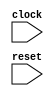
module IntervalChainedAddTester(
    input clock,
    input reset
);
    wire [4:0] intervalResult;
    wire [6:0] uintResult;
    wire [1:0] _node_0;
    ASSINT #(.width(2)) assint_1 (
        .y(_node_0),
        .in(2'h1)
    );
    wire [1:0] _node_1;
    ASSINT #(.width(2)) assint_2 (
        .y(_node_1),
        .in(2'h1)
    );
    wire [2:0] _intervalResult_T;
    ADD_SIGNED #(.width(2)) s_add_3 (
        .y(_intervalResult_T),
        .a(_node_0),
        .b(_node_1)
    );
    wire [1:0] _node_2;
    ASSINT #(.width(2)) assint_4 (
        .y(_node_2),
        .in(2'h1)
    );
    wire [3:0] _intervalResult_T_1;
    wire [2:0] _WTEMP_0;
    PAD_SIGNED #(.width(2), .n(3)) s_pad_5 (
        .y(_WTEMP_0),
        .in(_node_2)
    );
    ADD_SIGNED #(.width(3)) s_add_6 (
        .y(_intervalResult_T_1),
        .a(_intervalResult_T),
        .b(_WTEMP_0)
    );
    wire [1:0] _node_3;
    ASSINT #(.width(2)) assint_7 (
        .y(_node_3),
        .in(2'h1)
    );
    wire [4:0] _intervalResult_T_2;
    wire [3:0] _WTEMP_1;
    PAD_SIGNED #(.width(2), .n(4)) s_pad_8 (
        .y(_WTEMP_1),
        .in(_node_3)
    );
    ADD_SIGNED #(.width(4)) s_add_9 (
        .y(_intervalResult_T_2),
        .a(_intervalResult_T_1),
        .b(_WTEMP_1)
    );
    wire [1:0] _node_4;
    ASSINT #(.width(2)) assint_10 (
        .y(_node_4),
        .in(2'h1)
    );
    wire [5:0] _intervalResult_T_3;
    wire [4:0] _WTEMP_2;
    PAD_SIGNED #(.width(2), .n(5)) s_pad_11 (
        .y(_WTEMP_2),
        .in(_node_4)
    );
    ADD_SIGNED #(.width(5)) s_add_12 (
        .y(_intervalResult_T_3),
        .a(_intervalResult_T_2),
        .b(_WTEMP_2)
    );
    wire [1:0] _node_5;
    ASSINT #(.width(2)) assint_13 (
        .y(_node_5),
        .in(2'h1)
    );
    wire [6:0] _intervalResult_T_4;
    wire [5:0] _WTEMP_3;
    PAD_SIGNED #(.width(2), .n(6)) s_pad_14 (
        .y(_WTEMP_3),
        .in(_node_5)
    );
    ADD_SIGNED #(.width(6)) s_add_15 (
        .y(_intervalResult_T_4),
        .a(_intervalResult_T_3),
        .b(_WTEMP_3)
    );
    wire [1:0] _node_6;
    ASSINT #(.width(2)) assint_16 (
        .y(_node_6),
        .in(2'h1)
    );
    wire [7:0] _intervalResult_T_5;
    wire [6:0] _WTEMP_4;
    PAD_SIGNED #(.width(2), .n(7)) s_pad_17 (
        .y(_WTEMP_4),
        .in(_node_6)
    );
    ADD_SIGNED #(.width(7)) s_add_18 (
        .y(_intervalResult_T_5),
        .a(_intervalResult_T_4),
        .b(_WTEMP_4)
    );
    wire [1:0] _uintResult_T;
    assign _uintResult_T = 2'h2;
    wire [2:0] _uintResult_T_1;
    assign _uintResult_T_1 = 3'h3;
    wire [3:0] _uintResult_T_2;
    assign _uintResult_T_2 = 4'h4;
    wire [4:0] _uintResult_T_3;
    assign _uintResult_T_3 = 5'h5;
    wire [5:0] _uintResult_T_4;
    assign _uintResult_T_4 = 6'h6;
    wire [6:0] _uintResult_T_5;
    assign _uintResult_T_5 = 7'h7;
    wire [3:0] _node_7;
    ASSINT #(.width(4)) assint_19 (
        .y(_node_7),
        .in(4'h7)
    );
    wire _T;
    wire [4:0] _WTEMP_5;
    PAD_SIGNED #(.width(4), .n(5)) s_pad_20 (
        .y(_WTEMP_5),
        .in(_node_7)
    );
    EQ_SIGNED #(.width(5)) s_eq_21 (
        .y(_T),
        .a(intervalResult),
        .b(_WTEMP_5)
    );
    wire _T_1;
    BITS #(.width(1), .high(0), .low(0)) bits_22 (
        .y(_T_1),
        .in(reset)
    );
    wire _T_2;
    BITWISEOR #(.width(1)) bitwiseor_23 (
        .y(_T_2),
        .a(_T),
        .b(_T_1)
    );
    wire _T_3;
    EQ_UNSIGNED #(.width(1)) u_eq_24 (
        .y(_T_3),
        .a(_T_2),
        .b(1'h0)
    );
    wire _T_4;
    wire [6:0] _WTEMP_6;
    PAD_UNSIGNED #(.width(3), .n(7)) u_pad_25 (
        .y(_WTEMP_6),
        .in(3'h7)
    );
    EQ_UNSIGNED #(.width(7)) u_eq_26 (
        .y(_T_4),
        .a(uintResult),
        .b(_WTEMP_6)
    );
    wire _T_5;
    BITS #(.width(1), .high(0), .low(0)) bits_27 (
        .y(_T_5),
        .in(reset)
    );
    wire _T_6;
    BITWISEOR #(.width(1)) bitwiseor_28 (
        .y(_T_6),
        .a(_T_4),
        .b(_T_5)
    );
    wire _T_7;
    EQ_UNSIGNED #(.width(1)) u_eq_29 (
        .y(_T_7),
        .a(_T_6),
        .b(1'h0)
    );
    wire _T_8;
    BITS #(.width(1), .high(0), .low(0)) bits_30 (
        .y(_T_8),
        .in(reset)
    );
    wire _T_9;
    EQ_UNSIGNED #(.width(1)) u_eq_31 (
        .y(_T_9),
        .a(_T_8),
        .b(1'h0)
    );
    wire [4:0] _WTEMP_7;
    BITS #(.width(8), .high(4), .low(0)) bits_32 (
        .y(_WTEMP_7),
        .in(_intervalResult_T_5)
    );
    ASSINT #(.width(5)) assint_33 (
        .y(intervalResult),
        .in(_WTEMP_7)
    );
    assign uintResult = 7'h7;
endmodule //IntervalChainedAddTester
module ASSINT(y, in);
    parameter width = 4;
    output [width-1:0] y;
    input [width-1:0] in;
    assign y = $signed(in);
endmodule // ASSINT
module ADD_SIGNED(y, a, b);
    parameter width = 4;
    output [width:0] y;
    input [width-1:0] a;
    input [width-1:0] b;
    assign y = $signed(a) + $signed(b);
endmodule // ADD_SIGNED
module PAD_SIGNED(y, in);
    parameter width = 4;
    parameter n = 4;
    output [(n > width ? n : width)-1:0] y;
    input [width-1:0] in;
    assign y = n > width ? {{(n - width){in[width-1]}}, in} : in;
endmodule // PAD_SIGNED
module EQ_SIGNED(y, a, b);
    parameter width = 4;
    output y;
    input [width-1:0] a;
    input [width-1:0] b;
    assign y = $signed(a) == $signed(b);
endmodule // EQ_SIGNED
module BITS(y, in);
    parameter width = 4;
    parameter high = 2;
    parameter low = 0;
    output [high-low:0] y;
    input [width-1:0] in;
    assign y = in[high:low];
endmodule // BITS
module BITWISEOR(y, a, b);
    parameter width = 4;
    output [width-1:0] y;
    input [width-1:0] a;
    input [width-1:0] b;
    assign y = a | b;
endmodule // BITWISEOR
module EQ_UNSIGNED(y, a, b);
    parameter width = 4;
    output y;
    input [width-1:0] a;
    input [width-1:0] b;
    assign y = a == b;
endmodule // EQ_UNSIGNED
module PAD_UNSIGNED(y, in);
    parameter width = 4;
    parameter n = 4;
    output [(n > width ? n : width)-1:0] y;
    input [width-1:0] in;
    assign y = (n > width) ? {{(n - width){1'b0}}, in} : in;
endmodule // PAD_UNSIGNED